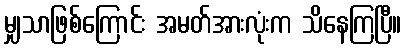
မျှသာဖြစ်ကြောင်း အမတ်အားလုံးက သိနေကြပြီ။